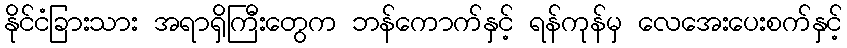
နိုင်ငံခြားသား အရာရှိကြီးတွေက ဘန်ကောက်နှင့် ရန်ကုန်မှ လေအေးပေးစက်နှင့်